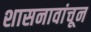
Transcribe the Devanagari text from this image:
शासनावांचून